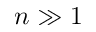
n \gg 1